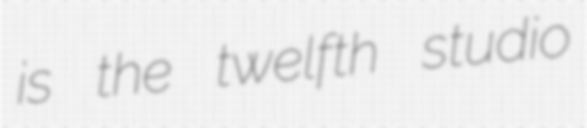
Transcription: is the twelfth studio